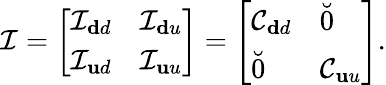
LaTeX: \mathcal{I}=\left[\begin{array}{ll}{\mathcal{I}_{\mathbf dd}}&{\mathcal{I}_{\mathbf du}}\\ {\mathcal{I}_{\mathbf ud}}&{\mathcal{I}_{\mathbf uu}}\end{array}\right]=\left[\begin{array}{ll}{\mathcal{C}_{\mathbf dd}}&{\breve{0}}\\ {\breve{0}}&{\mathcal{C}_{\mathbf uu}}\end{array}\right].